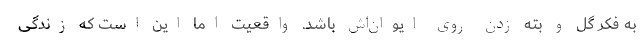
به فکر گل و بته زدن روی ایوان‌اش باشد. واقعیت اما این است که زندگی